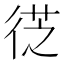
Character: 徔